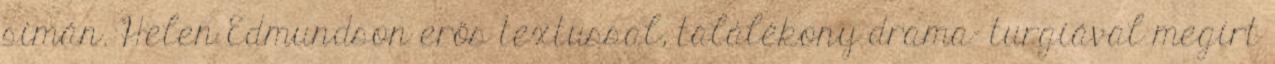
simán. Helen Edmundson erős textussal, találékony drama- turgiával megírt